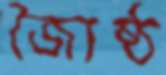
জ্যৈষ্ঠ